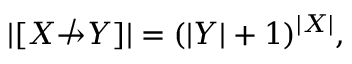
| [ X \not \to Y ] | = ( | Y | + 1 ) ^ { | X | } ,